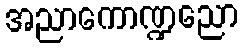
အညာကောဏ္ဍညော